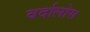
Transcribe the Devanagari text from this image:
वर्दालोस